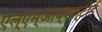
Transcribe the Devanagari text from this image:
एल्‌एम्‌आय्‌एस्‌टीई